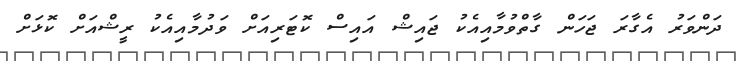
ދަންވަރު އެގާރަ ޖަހަން ގާތްވުމާއިއެކު ޖައިޝް އައިސް ކޮޓަރިއަށް ވަދުމާއިއެކު ރީޝްއަށް ކޮޅަށް